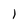
Character: 1